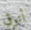
أتوق